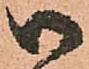
御